Regulations for the medical services of the Army of India
Year: 1930
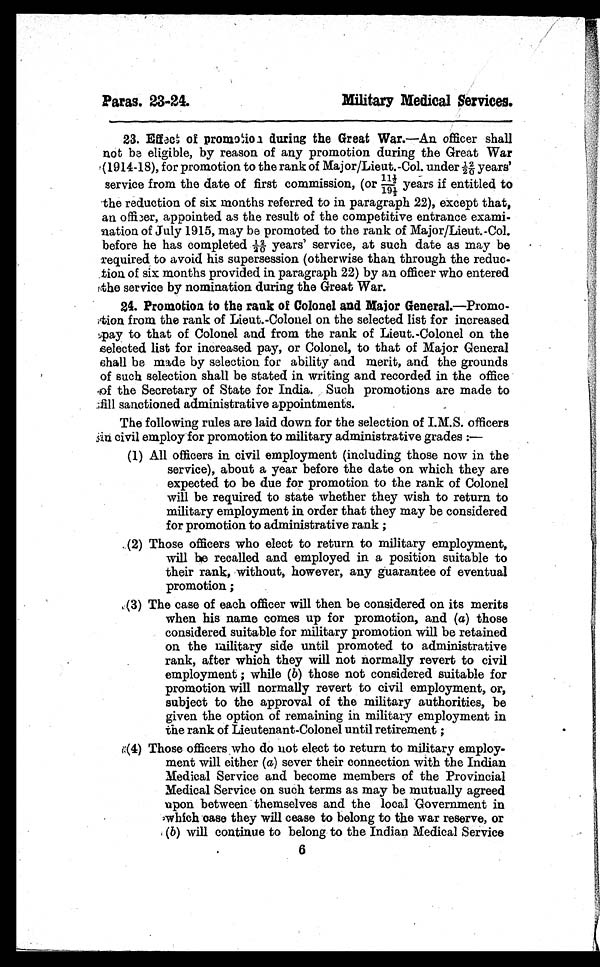
Paras. 23-24.
Military Medical Services.
23. Effect of promotions during the Great War .—An officer shall
not be eligible, by reason of any promotion during the Great War
(1914-18), for promotion to the rank of Major/Lieut.-Col. under 12/20 years'
service from the date of first commission, (or 11½/19½ years if entitled to
the reduction of six months referred to in paragraph 22), except that,
an officer, appointed as the result of the competitive entrance exami-
nation of July 1915, may be promoted to the rank of Major/Lieut.-Col.
before he has completed 12/20 years' service, at such date as may be
required to avoid his supersession (otherwise than through the reduc-
tion of six months provided in paragraph 22) by an officer who entered
the service by nomination during the Great War.
24. Promotion to the rank of Colonel and Major General.—Promo-
tion from the rank of Lieut.-Colonel on the selected list for increased
pay to that of Colonel and from the rank of Lieut.-Colonel on the
selected list for increased pay, or Colonel, to that of Major General
shall be made by selection for ability and merit, and the grounds
of such selection shall be stated in writing and recorded in the office
of the Secretary of State for India. Such promotions are made to
fill sanctioned administrative appointments.
The following rules are laid down for the selection of I.M.S. officers
in civil employ for promotion to military administrative grades:—
(1) All officers in civil employment (including those now in the
service), about a year before the date on which they are
expected to be due for promotion to the rank of Colonel
will be required to state whether they wish to return to
military employment in order that they may be considered
for promotion to administrative rank;
(2) Those officers who elect to return to military employment,
will be recalled and employed in a position suitable to
their rank, without, however, any guarantee of eventual
promotion;
(3) The case of each officer will then be considered on its merits
when his name comes up for promotion, and ( a) those
considered suitable for military promotion will be retained
on the military side until promoted to administrative
rank, after which they will not normally revert to civil
employment; while ( b) those not considered suitable for
promotion will normally revert to civil employment, or,
subject to the approval of the military authorities, be
given the option of remaining in military employment in
the rank of Lieutenant-Colonel until retirement;
(4) Those officers who do not elect to return to military employ-
ment will either ( a) s e v e r t h e i r c o n n e c t i o n w i t h t h e I n d i a n
Medical Service and become members of the Provincial
Medical Service on such terms as may be mutually agreed
upon between themselves and the local Government in
which case they will cease to belong to the war reserve, or
(b) will continue to belong to the Indian Medical Service
6